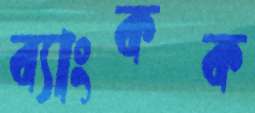
ব্যাংকক